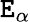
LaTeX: \mathtt{E}_{\alpha}